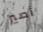
أصير